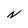
Character: N